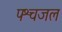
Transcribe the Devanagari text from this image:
पश्चजल